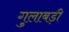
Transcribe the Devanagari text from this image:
गुलाबड़ी